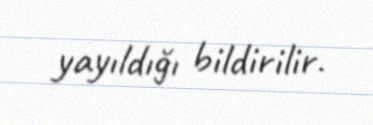
yayıldığı bildirilir.